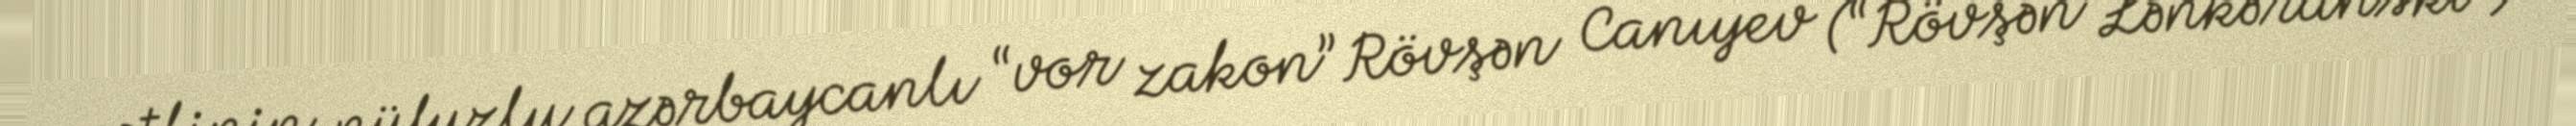
qətlinin nüfuzlu azərbaycanlı “vor zakon” Rövşən Canıyev (“Rövşən Lənkəranski”)